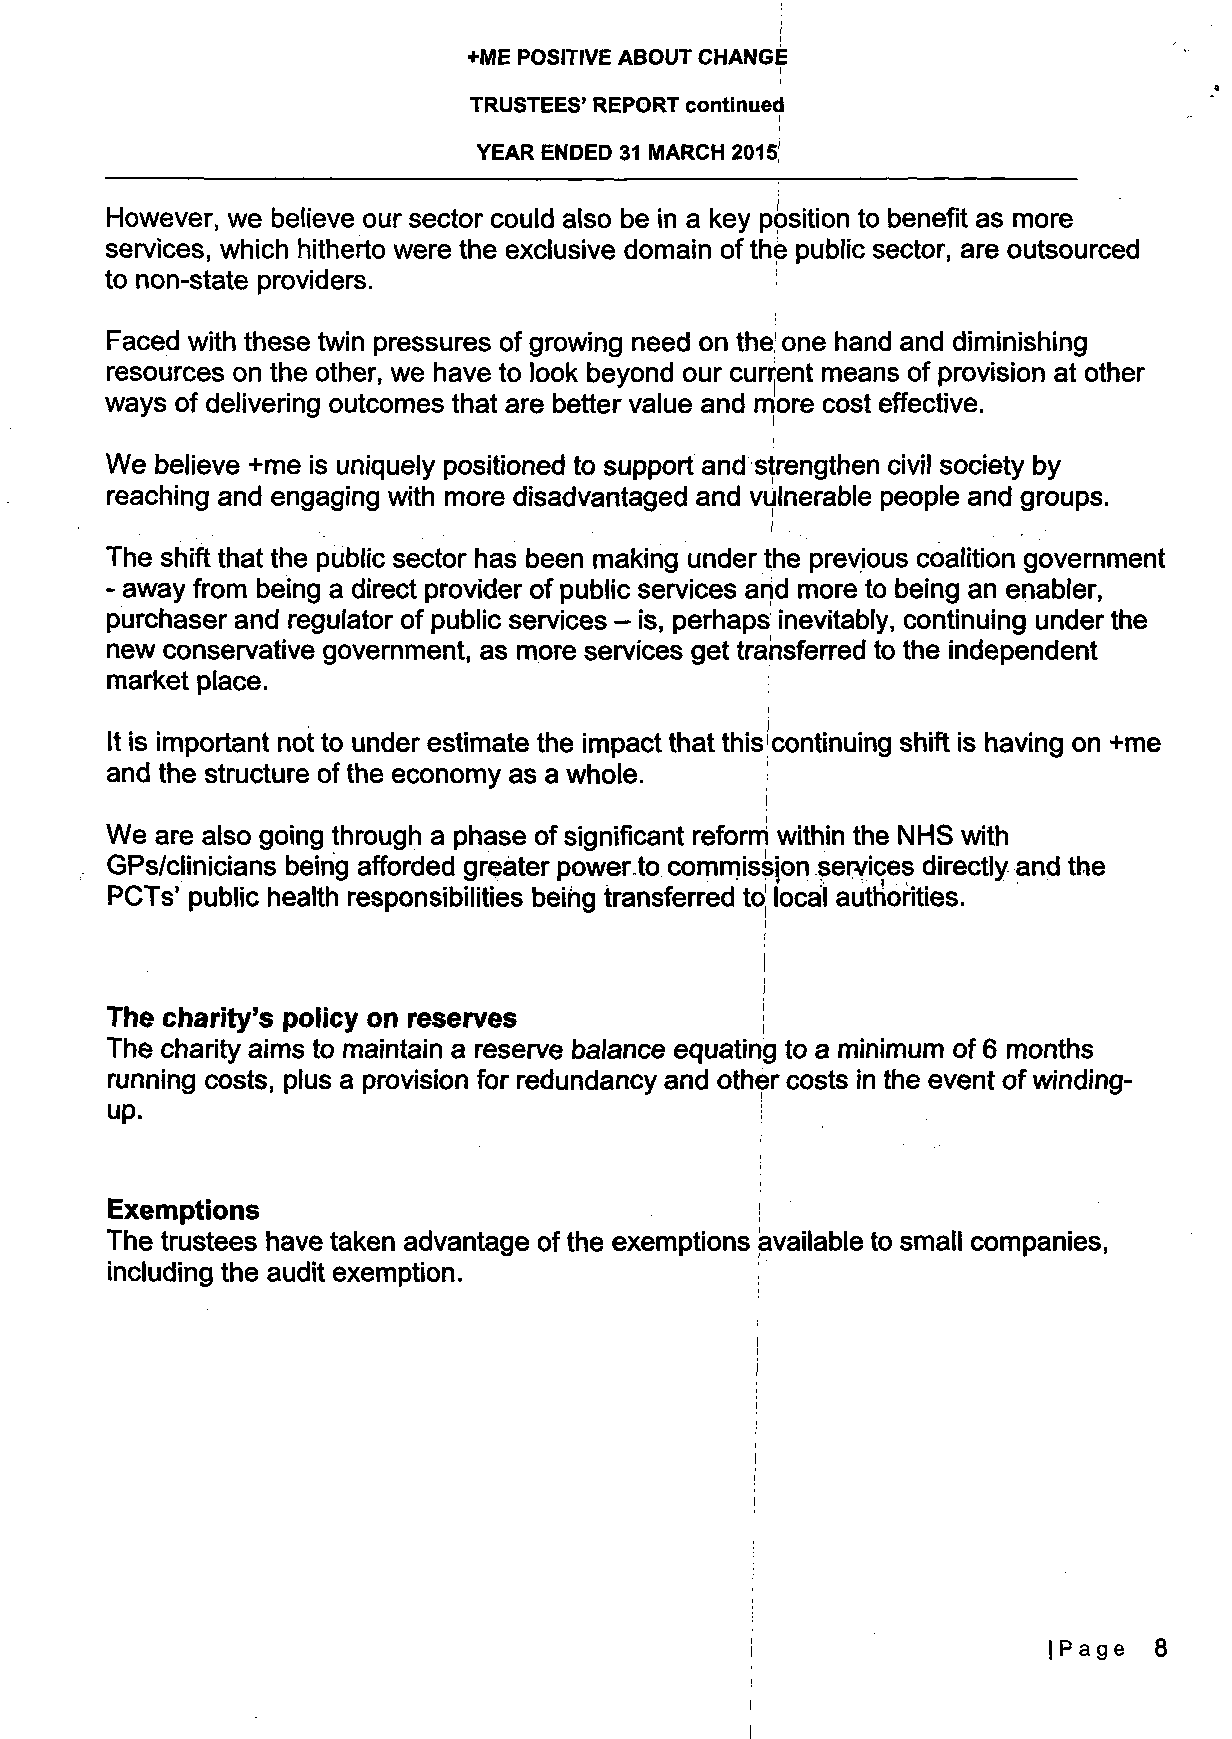
+ME POSITIVE ABOUT CHANGE
 TRUSTEES' REPORT continued
 YEAR ENDED 31 IVIARCH 2015!
 However, we believe our sector could also be in a key position to benefit as more
 services, which hitherto were the exclusive domain of thb public sector, are outsourced
 to non-state providers.
 Faced with these twin pressures of growing need on the! one hand and diminishing
 resources on the other, we have to look beyond our current means of provision at other
 ways of delivering outcomes that are better value and more cost effective.
 We believe +me is uniquely positioned to support and strengthen civil society by
 reaching and engaging with more disadvantaged and vulnerable people and groups.
 i
 The shift that the public sector has been making under the previous coalition government
 - away from being a direct provider of public services arid more to being an enabler,
 purchaser and regulator of public services - is, perhaps inevitably, continuing under the
 new conservative government, as more services get transferred to the independent
 market place.
 It is important not to under estimate the impact that this'continuing shift is having on +me
 and the structure of the economy as a whole.
 i
 We are also going through a phase of significant reform within the NHS with
 GPs/clinicians being afforded greater power to commission services directly and the
 PCTs' public health responsibilities being transferred to local authorities.
 The charity's policy on reserves
 The charity aims to maintain a reserve balance equating to a minimum of 6 months
 running costs, plus a provision for redundancy and other costs in the event of winding-
 up.                                        !
 Exemptions
 The trustees have taken advantage of the exemptions available to small companies,
 including the audit exemption.
 i                   |Page 8
 i
 I